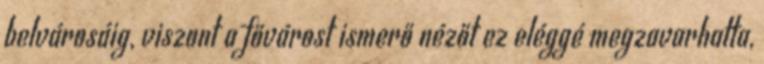
belvárosáig, viszont a fővárost ismerő nézőt ez eléggé megzavarhatta,